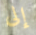
إلى